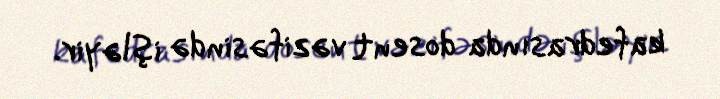
kafedrasında dosent vəzifəsində işləyir.